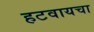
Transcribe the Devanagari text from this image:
हटवायचा